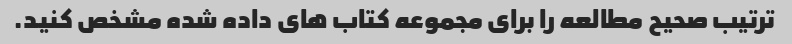
ترتیب صحیح مطالعه را برای مجموعه کتاب های داده شده مشخص کنید.